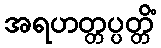
အရဟတ္တပ္ပတ္တိံ